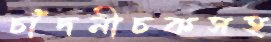
চাঁদনীচকসহ